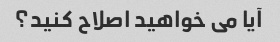
آیا می خواهید اصلاح کنید؟